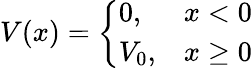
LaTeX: V(x)={\left\{ \begin{array}{ll}{0,}&{x<0}\\ {V_{0},}&{x\geq 0}\end{array}\right.}